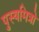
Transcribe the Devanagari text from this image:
पुस्यमित्रो